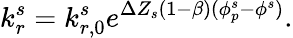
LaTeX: k_{r}^{s}=k_{r,0}^{s}e^{\Delta Z_{s}(1-\beta)(\phi_{p}^{s}-\phi^{s})}.